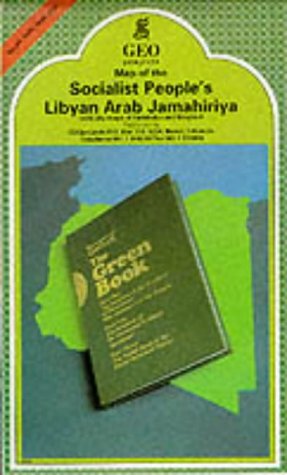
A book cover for Libya (Arab World Map Library); Travel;